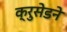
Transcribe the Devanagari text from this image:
क्रुसेडने